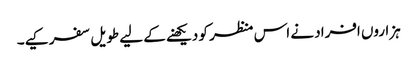
ہزاروں افراد نے اس منظر کو دیکھنے کے لیے طویل سفر کیے۔